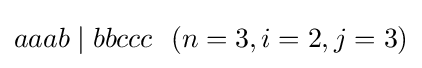
aaab\mid bbccc\ \ (n=3,i=2,j=3)